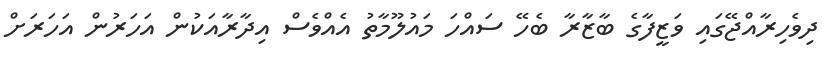
ދިވެހިރާއްޖޭގައި ވަޒީފާގެ ބާޒާރާ ބެހޭ ސައްހަ މައުލޫމާތު އެއްވެސް އިދާރާއަކުން އަހަރުން އަހަރަށް